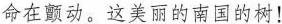
命在颤动。这美丽的南国的树！